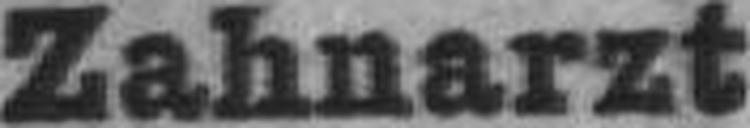
Zahnarzt